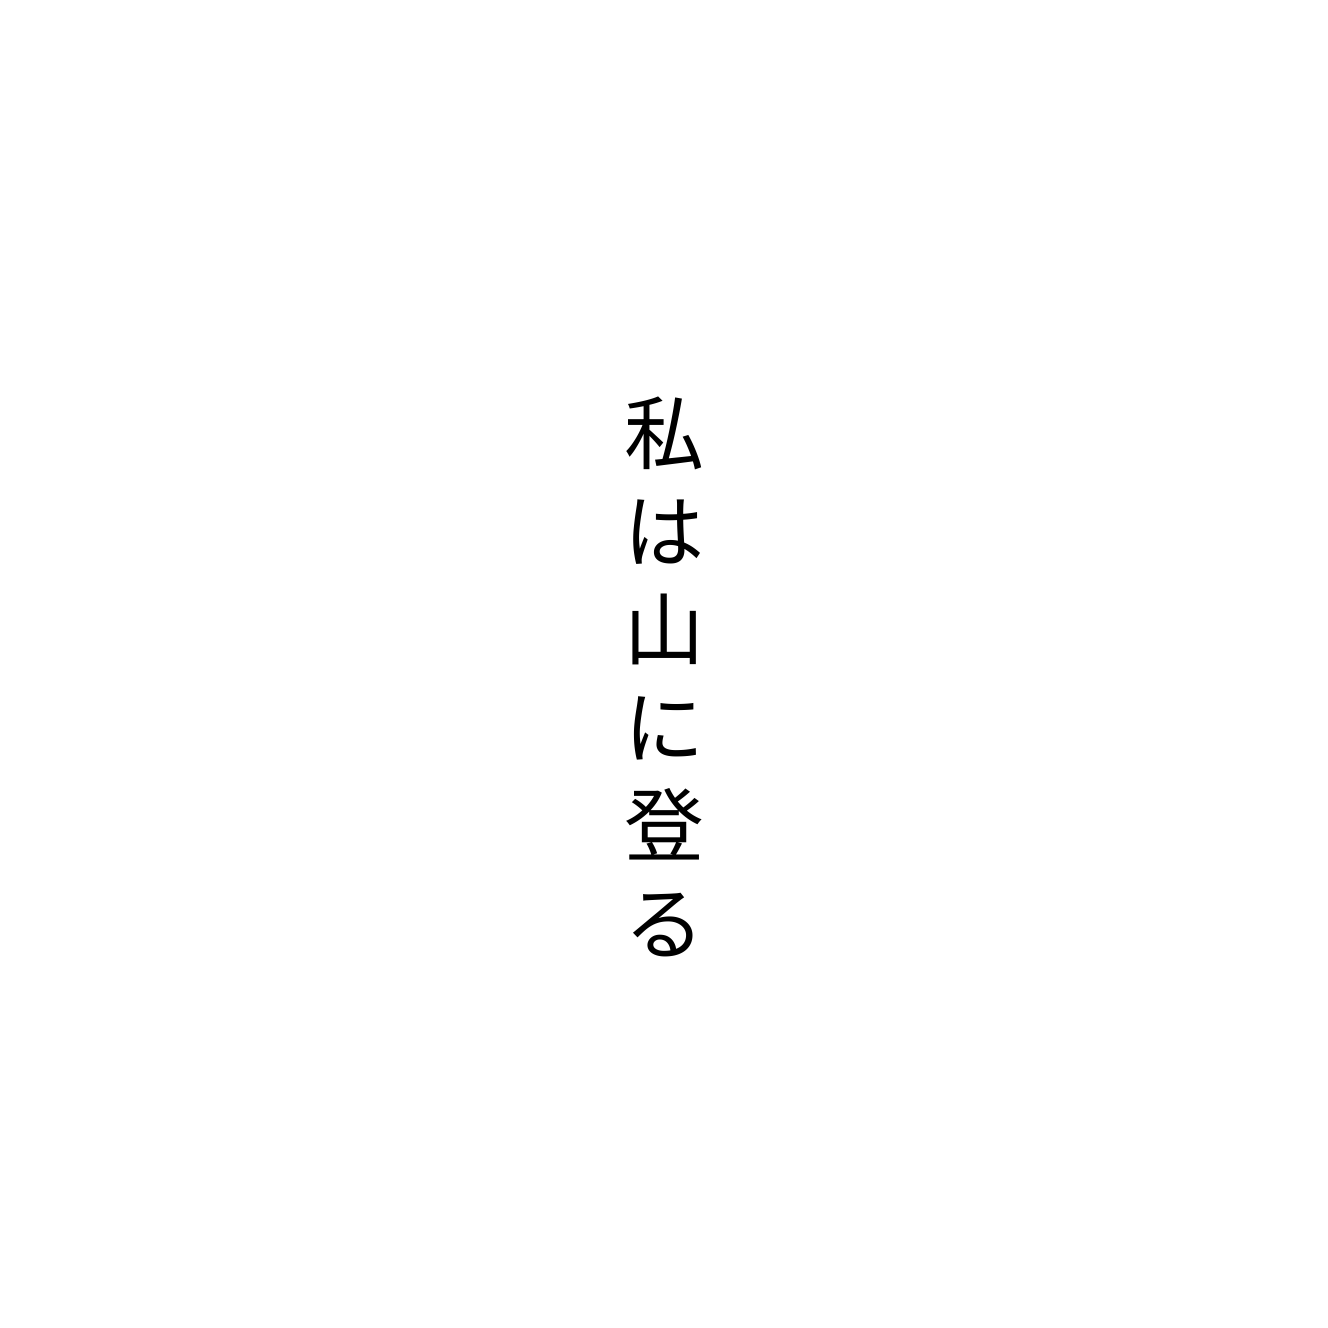
私は山に登る